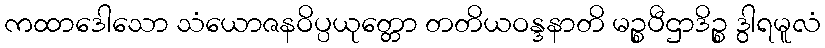
ကထာဒေါသော သံယောဇနဝိပ္ပယုတ္တော တတိယဝန္ဒနာတိ မဉ္စပီဌာဒိဉ္စ ဒွါရမူလံ